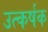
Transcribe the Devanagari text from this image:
उत्कर्षक